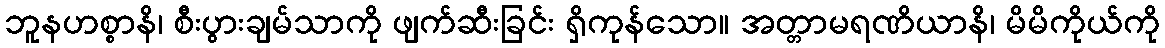
ဘူနဟစ္စာနိ၊ စီးပွားချမ်သာကို ဖျက်ဆီးခြင်း ရှိကုန်သော။ အတ္တာမရဏိယာနိ၊ မိမိကိုယ်ကို